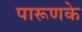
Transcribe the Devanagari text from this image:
पारूणके